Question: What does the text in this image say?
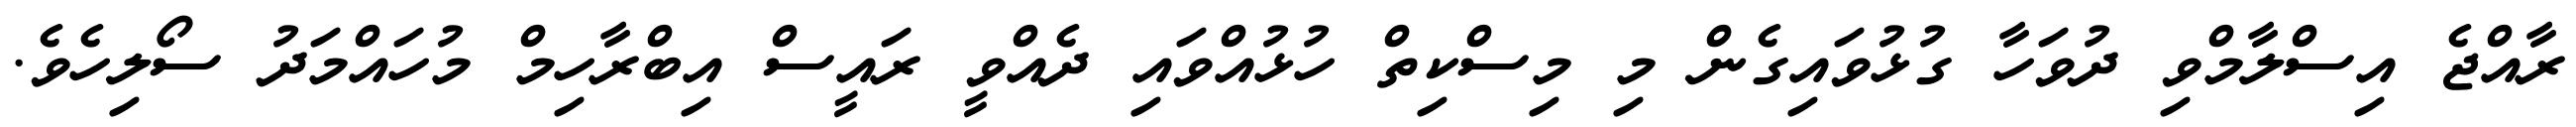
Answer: ރާއްޖެ އިސްލާމްވި ދުވަހާ ގުޅުވައިގެން މި މިސްކިތް ހުޅުއްވައި ދެއްވީ ރައީސް އިބްރާހިމް މުހައްމަދު ސޯލިހެވެ.